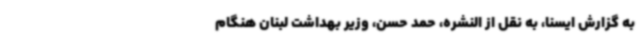
به گزارش ایسنا، به نقل از النشره، حمد حسن، وزیر بهداشت لبنان هنگام